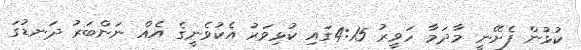
ކުޅުން ފެށޭނީ މާދަމާ ހަވީރު 4:15ގައި ކުޅިވަރު އެކުވެނީގެ އެއް ނަންބަރު ދަނޑުގަ